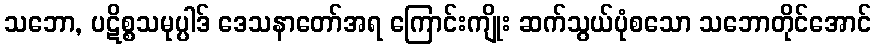
သဘော, ပဋိစ္စသမုပ္ပါဒ် ဒေသနာတော်အရ ကြောင်းကျိုး ဆက်သွယ်ပုံစသော သဘောတိုင်အောင်